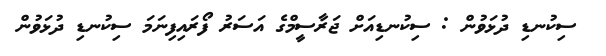
ސިކުނޑި ދުޅަވުން : ސިކުނޑިއަށް ޖަރާސީމްގެ އަސަރު ފޯރައިފިނަމަ ސިކުނޑި ދުޅަވުން